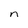
Character: n